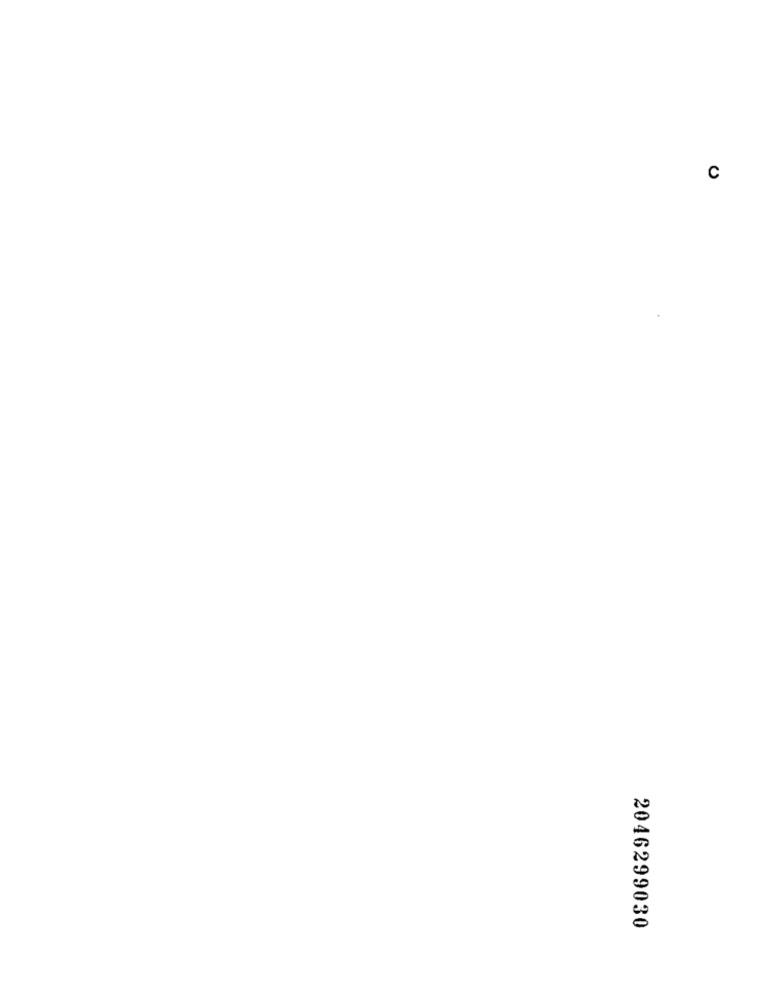
C
2046299030